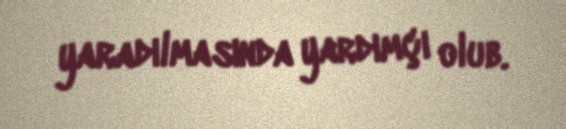
yaradılmasında yardımçı olub.